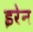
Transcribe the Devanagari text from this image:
इरेन